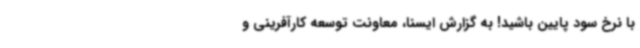
با نرخ سود پایین باشید! به گزارش ایسنا، معاونت توسعه کارآفرینی و